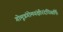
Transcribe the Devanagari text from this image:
गोमूत्रंगोमयंक्षीरंदधिसर्पिः